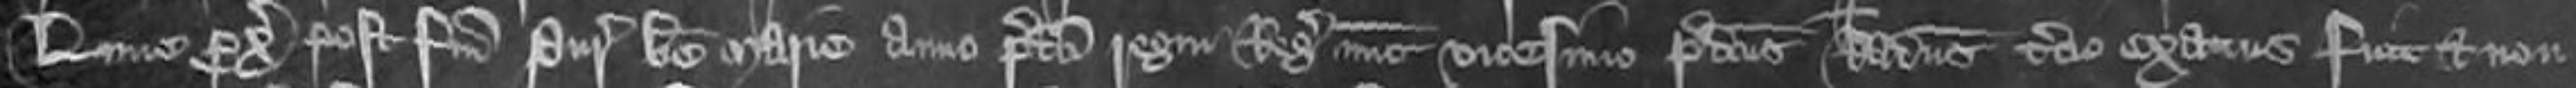
Lune proximo post Festum Purificationis Beate Marie anno predicti regni Regis nunc vicesimo predictus Radulphus tertio exactus fuit et non